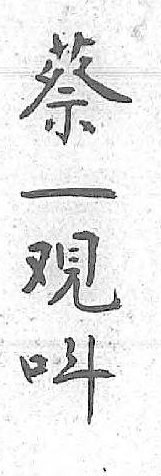
蔡呌一 覌